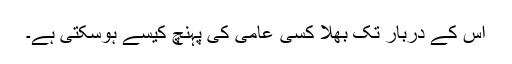
اس کے دربار تک بھلا کسی عامی کی پہنچ کیسے ہوسکتی ہے۔